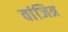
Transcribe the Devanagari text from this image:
वांजित्र